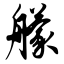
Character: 艨